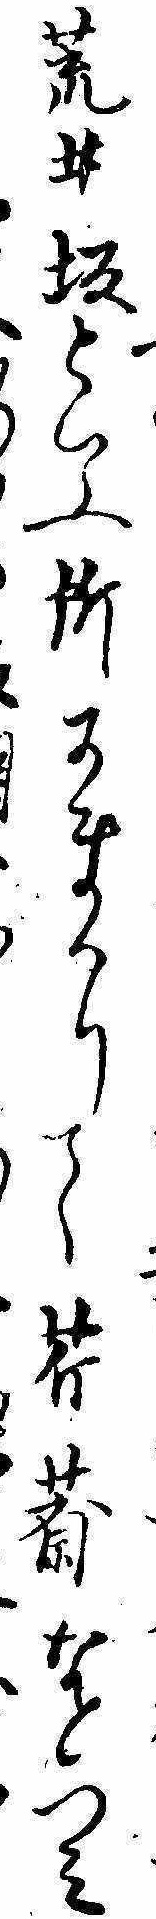
荒井坂といふ所にまかりて芹薺なとつみ